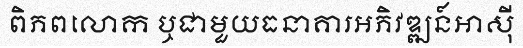
ពិភពលោក ឬជាមួយធនាគារអភិវឌ្ឍន៍អាស៊ី